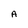
Character: A